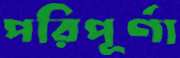
পরিপূর্ণা